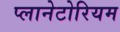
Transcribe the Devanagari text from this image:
प्लानेटोरियम